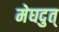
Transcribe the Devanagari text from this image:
मेघदुत्